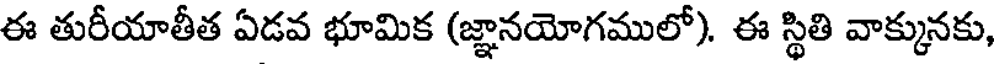
ఈ తురీయాతీత ఏడవ భూమిక (జ్ఞానయోగములో). ఈ స్థితి వాక్కునకు,